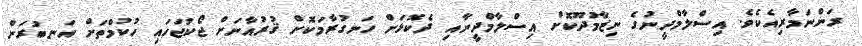
ރަންނަމާރިއެކެވެ. އިސްލާމްދީނުގެ ނިޒާމުދޫކޮށް އިސްލާމްދީނާއި ދެކޮޅަށް ހަނގުރާމަކޮށް ޤުރުއާނަށް ޖޯކުޖަހައި ހުކުމްތަށް އަނބުރަން